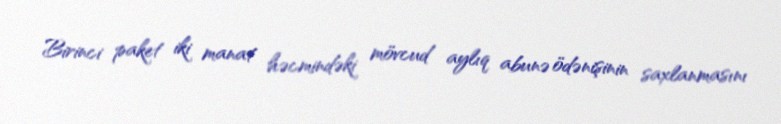
Birinci paket iki manat həcmindəki mövcud aylıq abunə ödənişinin saxlanmasını